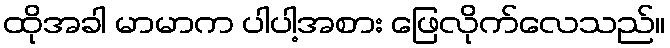
ထိုအခါ မာမာက ပါပါ့အစား ဖြေလိုက်လေသည်။